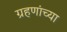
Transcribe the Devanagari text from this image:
ग्रहणांच्या